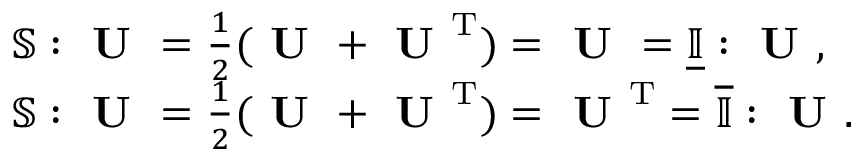
\begin{array} { r l } & { \mathbb { S } : \textbf { U } = \frac { 1 } { 2 } ( \textbf { U } + \textbf { U } ^ { \mathrm { T } } ) = \textbf { U } = \underline { { \mathbb { I } } } : \textbf { U } , } \\ & { \mathbb { S } : \textbf { U } = \frac { 1 } { 2 } ( \textbf { U } + \textbf { U } ^ { \mathrm { T } } ) = \textbf { U } ^ { \mathrm { T } } = \overline { { \mathbb { I } } } : \textbf { U } . } \end{array}